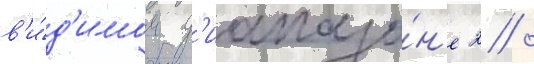
в'и́д'имом д'иапазо́н'е 2 /